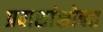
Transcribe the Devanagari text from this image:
प्रवाशांसोबत